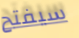
سيفتح